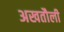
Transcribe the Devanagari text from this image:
अखतौली